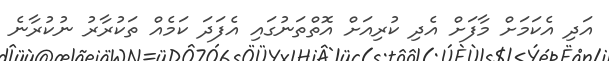
އަދި އެކަމަށް މާފަށް އެދި ކުރިއަށް އޮތްތަނުގައި އެފަދަ ކަމެއް ތަކުރާރު ނުކުރާނެ